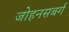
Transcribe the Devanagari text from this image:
जोहनसबर्ग